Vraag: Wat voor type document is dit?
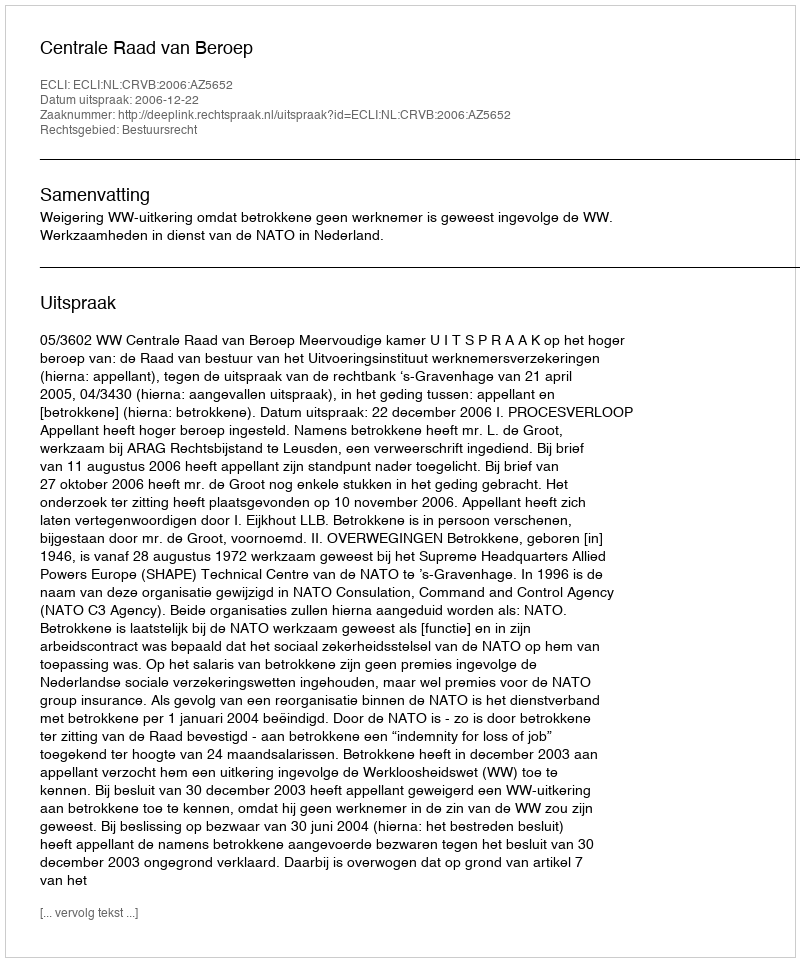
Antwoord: Uitspraak